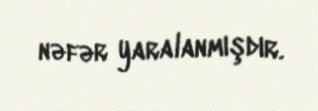
nəfər yaralanmışdır.